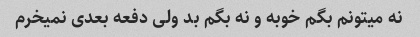
نه میتونم بگم خوبه و نه بگم بد ولی دفعه بعدی نمیخرم